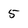
Character: 5